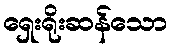
ရှေးရိုးဆန်သော